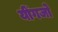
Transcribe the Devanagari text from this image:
यींगजो